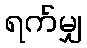
ရက်မျှ